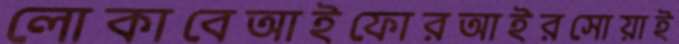
লোকাবেআইফোরআইরসোয়াই